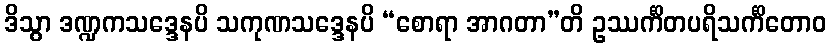
ဒိသွာ ဒဏ္ဍကသဒ္ဒေနပိ သကုဏသဒ္ဒေနပိ “စောရာ အာဂတာ”တိ ဥဿင်္ကိတပရိသင်္ကိတောဝ